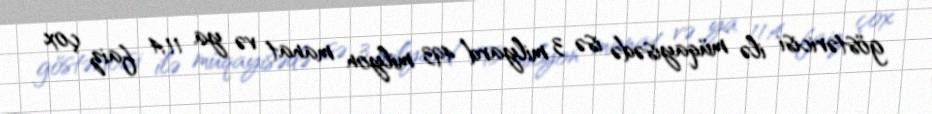
göstəricisi ilə müqayisədə isə 3 milyard 493 milyon manat və ya 11,4 faiz çox